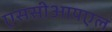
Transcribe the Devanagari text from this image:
एससीआयएल